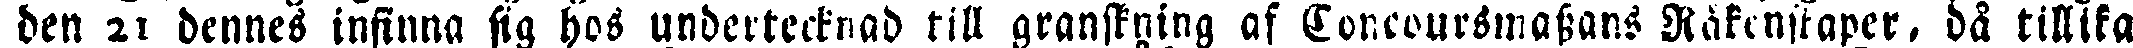
den 21 dennes infinna sig hos undertecknad till granskning af Concoursmassans Råkenskaper, då tillika